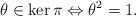
LaTeX: \begin{align*} \theta\in \ker\pi \Leftrightarrow \theta^2=1.\end{align*}